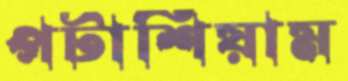
পটাশিয়াম